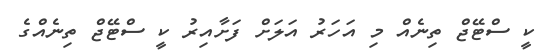
ކީ ސްޓޭޖް ތިނެއް މި އަހަރު އަލަށް ފަށާއިރު ކީ ސްޓޭޖް ތިނެއްގެ